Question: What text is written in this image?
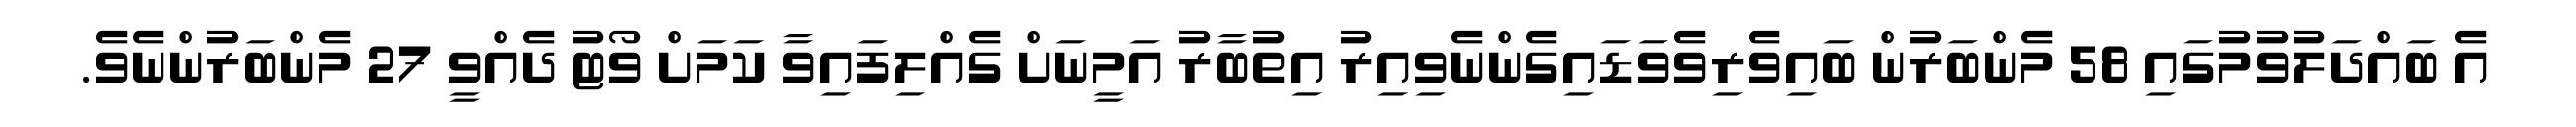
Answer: އެ ބައްދަލުވުމުގައި 58 މެންބަރުން ބައިވެރިވެވަޑައިގެންނެވިއިރު އިތުބާރު އަމީނަށް ގެއްލިފައިވާ ކަމަށް ވޯޓު ދެއްވީ 27 މެންބަރުންނެވެ.